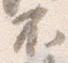
不